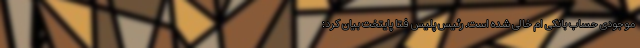
موجودی حساب بانکی ام خالی شده است. رئیس پلیس فتا پایتخت بیان کرد: